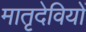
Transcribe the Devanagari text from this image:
मातृदेवियों